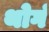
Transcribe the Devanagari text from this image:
थोगं